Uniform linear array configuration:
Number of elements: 32
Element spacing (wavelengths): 0.25
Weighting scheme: blackman
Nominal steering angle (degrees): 15
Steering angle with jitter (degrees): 14.05
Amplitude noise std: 0.05
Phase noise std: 0.05

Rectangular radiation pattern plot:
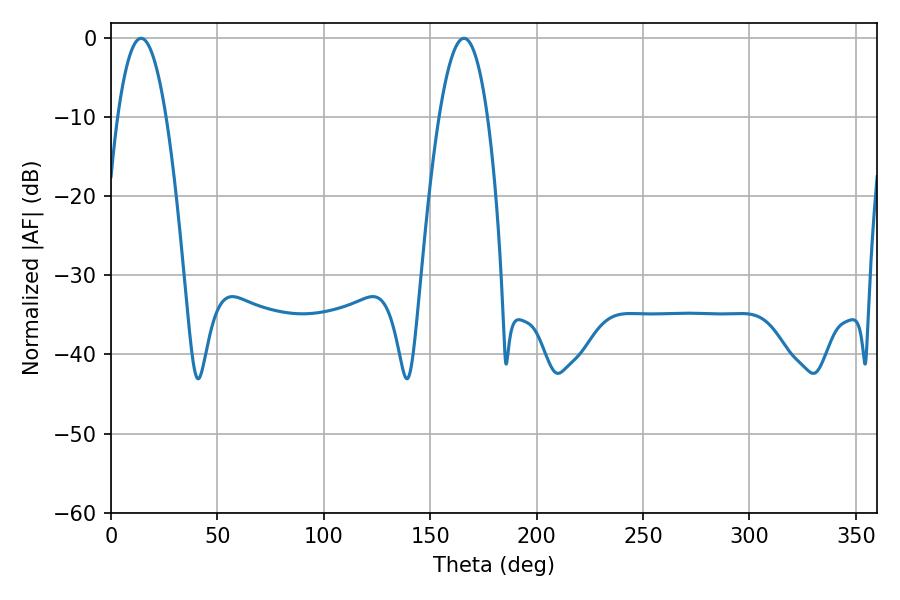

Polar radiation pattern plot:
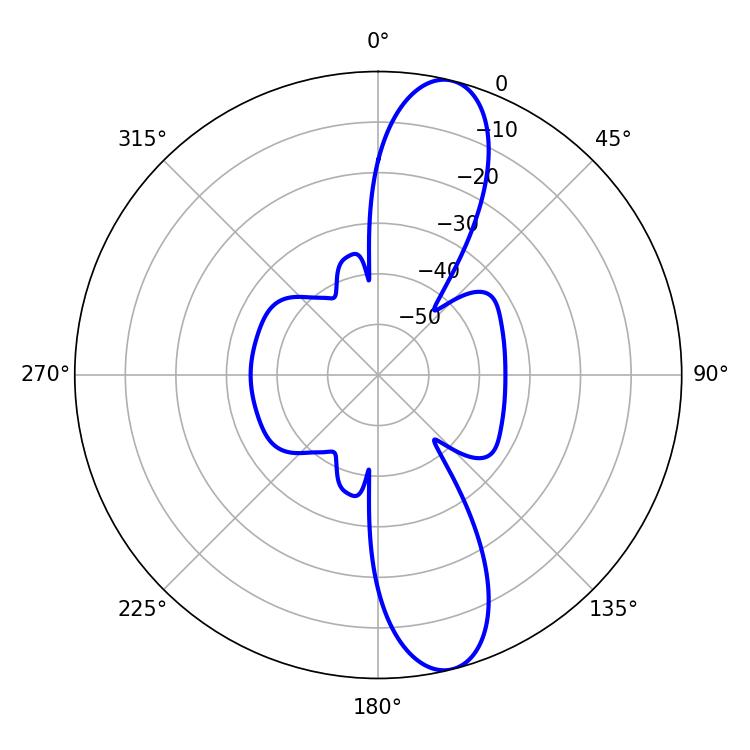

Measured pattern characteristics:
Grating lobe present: FALSE
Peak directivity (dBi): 12.371
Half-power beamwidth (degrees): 12.6
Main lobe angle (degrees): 14.22